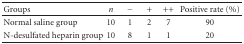
| Groups | n | − | + | ++ | Positive rate (%) |
 | --- | --- | --- | --- | --- | --- |
 | Normal saline group | 10 | 1 | 2 | 7 | 90 |
 | N-desulfated heparin group | 10 | 8 | 1 | 1 | 20 |